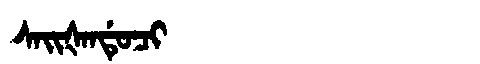
Manchu: ᠰᠠᡳᡧᠠᠨᡩᡠᠴᡳ
Romanization: SAIŠANDUCI